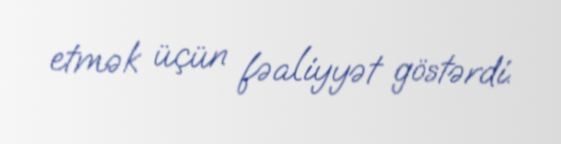
etmək üçün fəaliyyət göstərdi.